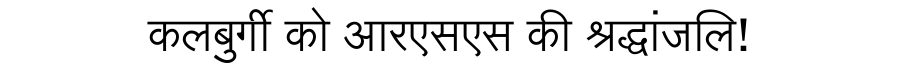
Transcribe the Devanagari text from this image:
कलबुर्गी को आरएसएस की श्रद्धांजलि!